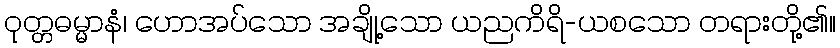
ဝုတ္တဓမ္မာနံ၊ ဟောအပ်သော အချို့သော ယညကိရိ-ယစသော တရားတို့၏။